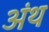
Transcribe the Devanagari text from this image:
अंथ